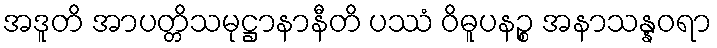
အဒူတိ အာပတ္တိသမုဋ္ဌာနာနီတိ ပဿံ ဝိဓူပနဉ္စ အနာသန္နဝရာ